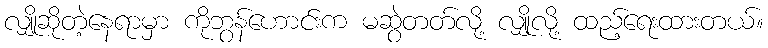
လျှိုဆိုတဲ့နေရာမှာ ကိုဘွန်ဟောင်းက မဆွဲတတ်လို့ လျှိုလို့ ထည့်ရေးထားတယ်။